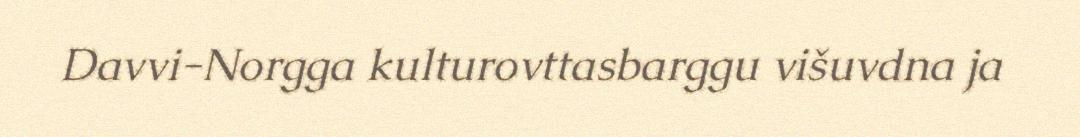
Davvi-Norgga kulturovttasbarggu višuvdna ja